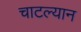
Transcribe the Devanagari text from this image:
चाटल्यान